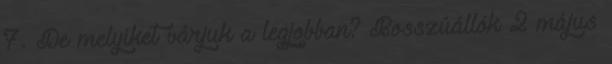
7. De melyiket várjuk a legjobban? Bosszúállók 2 május